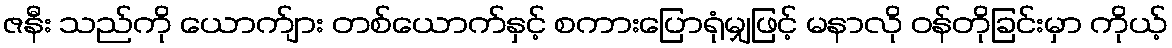
ဇနီး သည်ကို ယောက်ျား တစ်ယောက်နှင့် စကားပြောရုံမျှဖြင့် မနာလို ဝန်တိုခြင်းမှာ ကိုယ့်